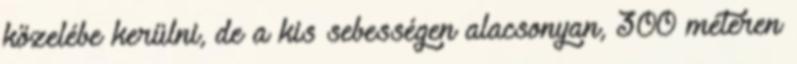
közelébe kerülni, de a kis sebességen alacsonyan, 300 méteren